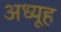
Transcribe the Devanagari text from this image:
अध्यूह